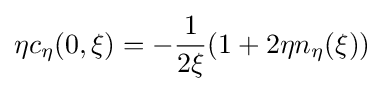
\eta c_{\eta }(0,\xi )=-{\frac {1}{2\xi }}(1+2\eta n_{\eta }(\xi ))